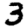
Digit: 3